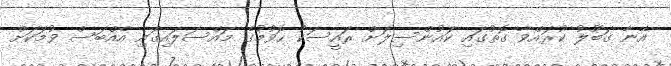
އޭނާ ގަބޫލު ކުރައްވާ ގޮތުގައި ކައުންސިލަށް ރައީސަކު ހޮވުމުގެ މައްސަލައިގައި އެއްބަސް ވުމަކަށް